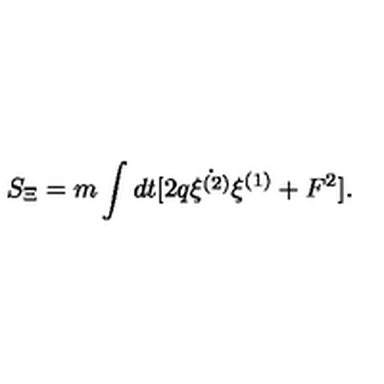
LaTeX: S _ { \Xi } = m \int d t [ 2 q \dot { \xi ^ { ( 2 ) } } \xi ^ { ( 1 ) } + F ^ { 2 } ] .